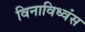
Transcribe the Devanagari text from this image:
विनाविध्वंस